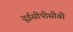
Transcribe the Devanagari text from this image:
यूईसीपीसीबी